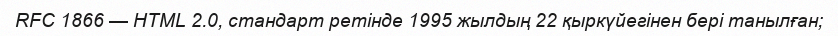
RFC 1866 — HTML 2.0, стандарт ретінде 1995 жылдың 22 қыркүйегінен бері танылған;